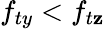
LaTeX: f_{ty}<f_{t\mathbf{z}}